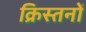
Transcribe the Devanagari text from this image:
क्रिस्तनों